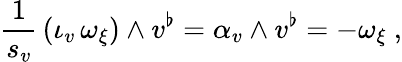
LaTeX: \frac{1}{s_{v}}\, (\iota_{v}\, \omega_{\xi})\wedge v^{\flat}=\alpha_{v}\wedge v^{\flat}=-\omega_{\xi}\ ,